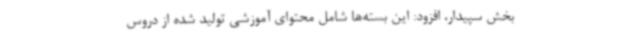
بخش سپیدار، افزود: این بسته‌ها شامل محتوای آموزشی تولید شده از دروس